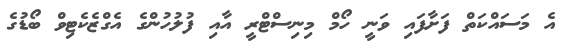
އެ މަސައްކަތް ފަށާފައި ވަނީ ހޯމް މިނިސްޓްރީ އާއި ފުލުހުންގެ އެގްޒެކެޓިވް ބޯޑުގެ